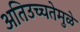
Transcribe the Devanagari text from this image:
अतिउच्चतेमुळे